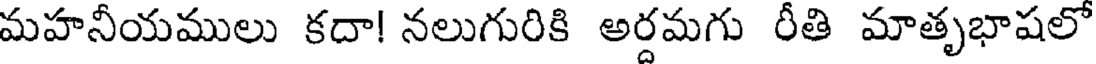
మహనీయములు కదా! నలుగురికి అర్దమగు రీతి మాతృభాషలో